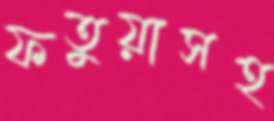
ফতুয়াসহ